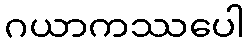
ဂယာကဿပေါ